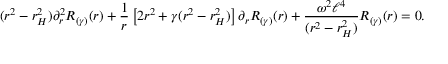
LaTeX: ( r ^ { 2 } - r _ { H } ^ { 2 } ) \partial _ { r } ^ { 2 } R _ { ( \gamma ) } ( r ) + \frac { 1 } { r } \left[ 2 r ^ { 2 } + \gamma ( r ^ { 2 } - r _ { H } ^ { 2 } ) \right] \partial _ { r } R _ { ( \gamma ) } ( r ) + \frac { \omega ^ { 2 } \ell ^ { 4 } } { ( r ^ { 2 } - r _ { H } ^ { 2 } ) } R _ { ( \gamma ) } ( r ) = 0 .